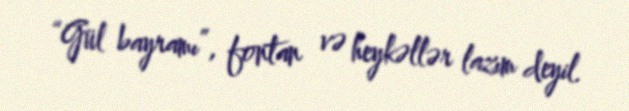
“Gül bayramı”, fontan və heykəllər lazım deyil.